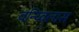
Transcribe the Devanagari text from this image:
वन्य्विलास